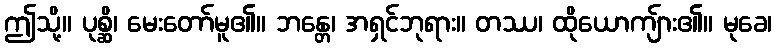
ဤသို့။ ပုစ္ဆိ၊ မေးတော်မူ၏။ ဘန္တေ၊ အရှင်ဘုရား။ တဿ၊ ထိုယောကျ်ား၏။ မုခေ၊